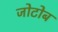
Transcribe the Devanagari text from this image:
जोटोब